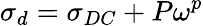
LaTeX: \sigma_{d}=\sigma_{DC}+P\omega^{p}